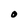
Character: O